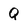
Character: Q